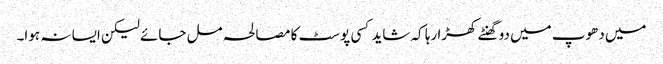
میں دھوپ میں دو گھنٹے کھڑا رہا کہ شاید کسی پوسٹ کا مصالحہ مل جائے لیکن ایسا نہ ہوا۔